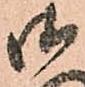
御